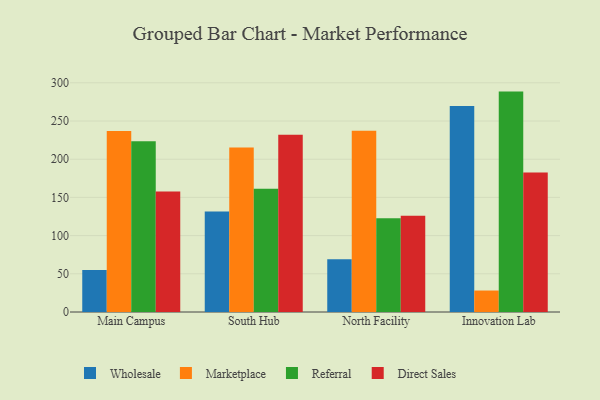
{"axis": {"x": "Campus", "y": "Bounce Rate (%)"}, "legend": ["Direct Sales", "Marketplace", "Referral", "Wholesale"], "data": [{"x": "Main Campus", "y": 54.9, "type": "Wholesale"}, {"x": "Main Campus", "y": 236.8, "type": "Marketplace"}, {"x": "Main Campus", "y": 223.4, "type": "Referral"}, {"x": "Main Campus", "y": 157.6, "type": "Direct Sales"}, {"x": "South Hub", "y": 131.5, "type": "Wholesale"}, {"x": "South Hub", "y": 215.2, "type": "Marketplace"}, {"x": "South Hub", "y": 161.3, "type": "Referral"}, {"x": "South Hub", "y": 231.9, "type": "Direct Sales"}, {"x": "North Facility", "y": 69.1, "type": "Wholesale"}, {"x": "North Facility", "y": 237.2, "type": "Marketplace"}, {"x": "North Facility", "y": 122.6, "type": "Referral"}, {"x": "North Facility", "y": 125.9, "type": "Direct Sales"}, {"x": "Innovation Lab", "y": 269.6, "type": "Wholesale"}, {"x": "Innovation Lab", "y": 28.1, "type": "Marketplace"}, {"x": "Innovation Lab", "y": 288.5, "type": "Referral"}, {"x": "Innovation Lab", "y": 182.7, "type": "Direct Sales"}]}